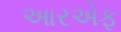
આરએફ